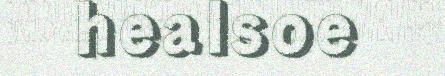
healsoe